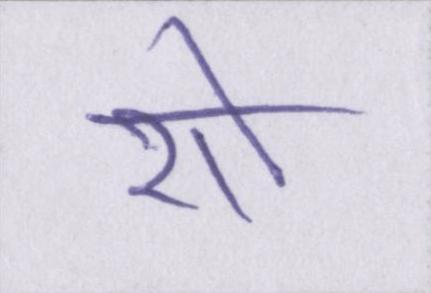
शो